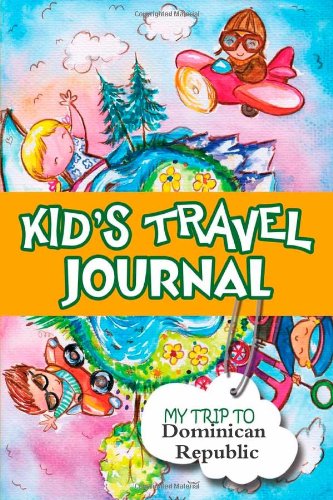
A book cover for Kids travel journal: my trip to dominican republic; Bluebird Books; Travel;